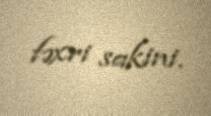
fəxri sakini.